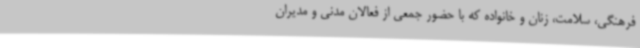
فرهنگی، سلامت، زنان و خانواده که با حضور جمعی از فعالان مدنی و مدیران